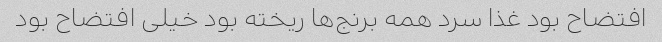
افتضاح بود غذا سرد همه برنج‌ها ریخته بود خیلی افتضاح بود